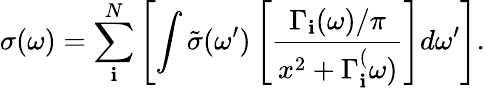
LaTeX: \sigma(\omega)=\sum_{\mathbf{i}}^{N}\left[\int\tilde{{\sigma}}(\omega^{\prime})\left[\frac{{\Gamma_{\mathbf{i}}(\omega)/\pi}}{{x^{2}+\Gamma_{\mathbf{i}}^{(}\omega)}}\right]d\omega^{\prime}\right].